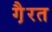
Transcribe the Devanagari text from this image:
गै़रत